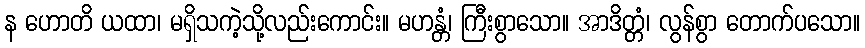
န ဟောတိ ယထာ၊ မရှိသကဲ့သို့လည်းကောင်း။ မဟန္တံ၊ ကြီးစွာသော။ အာဒိတ္တံ၊ လွန်စွာ တောက်ပသော။